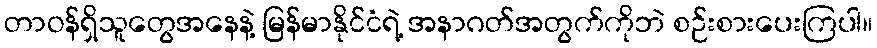
တာဝန်ရှိသူတွေအနေနဲ့ မြန်မာနိုင်ငံရဲ့ အနာဂတ်အတွက်ကိုဘဲ စဉ်းစားပေးကြပါ။